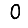
Digit: 0